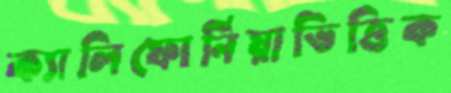
ক্যালিফোর্নিয়াভিত্তিক